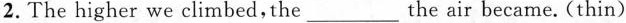
2. The higher we climbed, the\underlinethe air became. (thin)